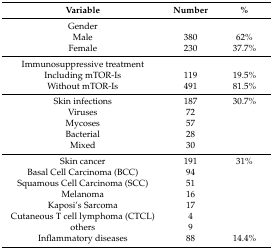
<table><thead><tr><td><b>Variable</b></td><td><b>Number</b></td><td><b>%</b></td></tr></thead><tbody><tr><td>Gender</td><td></td><td></td></tr><tr><td>Male</td><td>380</td><td>62%</td></tr><tr><td>Female</td><td>230</td><td>37.7%</td></tr><tr><td>Immunosuppressive treatment</td><td></td><td></td></tr><tr><td>Including mTOR-Is</td><td>119</td><td>19.5%</td></tr><tr><td>Without mTOR-Is</td><td>491</td><td>81.5%</td></tr><tr><td>Skin infections</td><td>187</td><td>30.7%</td></tr><tr><td>Viruses</td><td>72</td><td></td></tr><tr><td>Mycoses</td><td>57</td><td></td></tr><tr><td>Bacterial</td><td>28</td><td></td></tr><tr><td>Mixed</td><td>30</td><td></td></tr><tr><td>Skin cancer</td><td>191</td><td>31%</td></tr><tr><td>Basal Cell Carcinoma (BCC)</td><td>94</td><td></td></tr><tr><td>Squamous Cell Carcinoma (SCC)</td><td>51</td><td></td></tr><tr><td>Melanoma</td><td>16</td><td></td></tr><tr><td>Kaposi’s Sarcoma</td><td>17</td><td></td></tr><tr><td>Cutaneous T cell lymphoma (CTCL)</td><td>4</td><td></td></tr><tr><td>others</td><td>9</td><td></td></tr><tr><td>Inflammatory diseases</td><td>88</td><td>14.4%</td></tr></tbody></table>